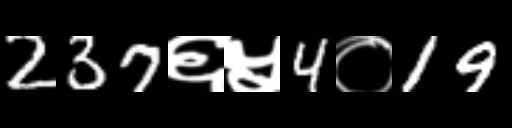
Text: 237६५4०19